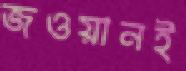
জওয়ানই